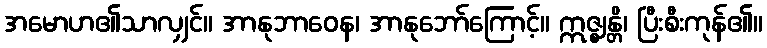
အမောဟ၏သာလျှင်။ အာနုဘာဝေန၊ အာနုဘော်ကြောင့်။ ဣဇ္ဈန္တိ၊ ပြီးစီးကုန်၏။